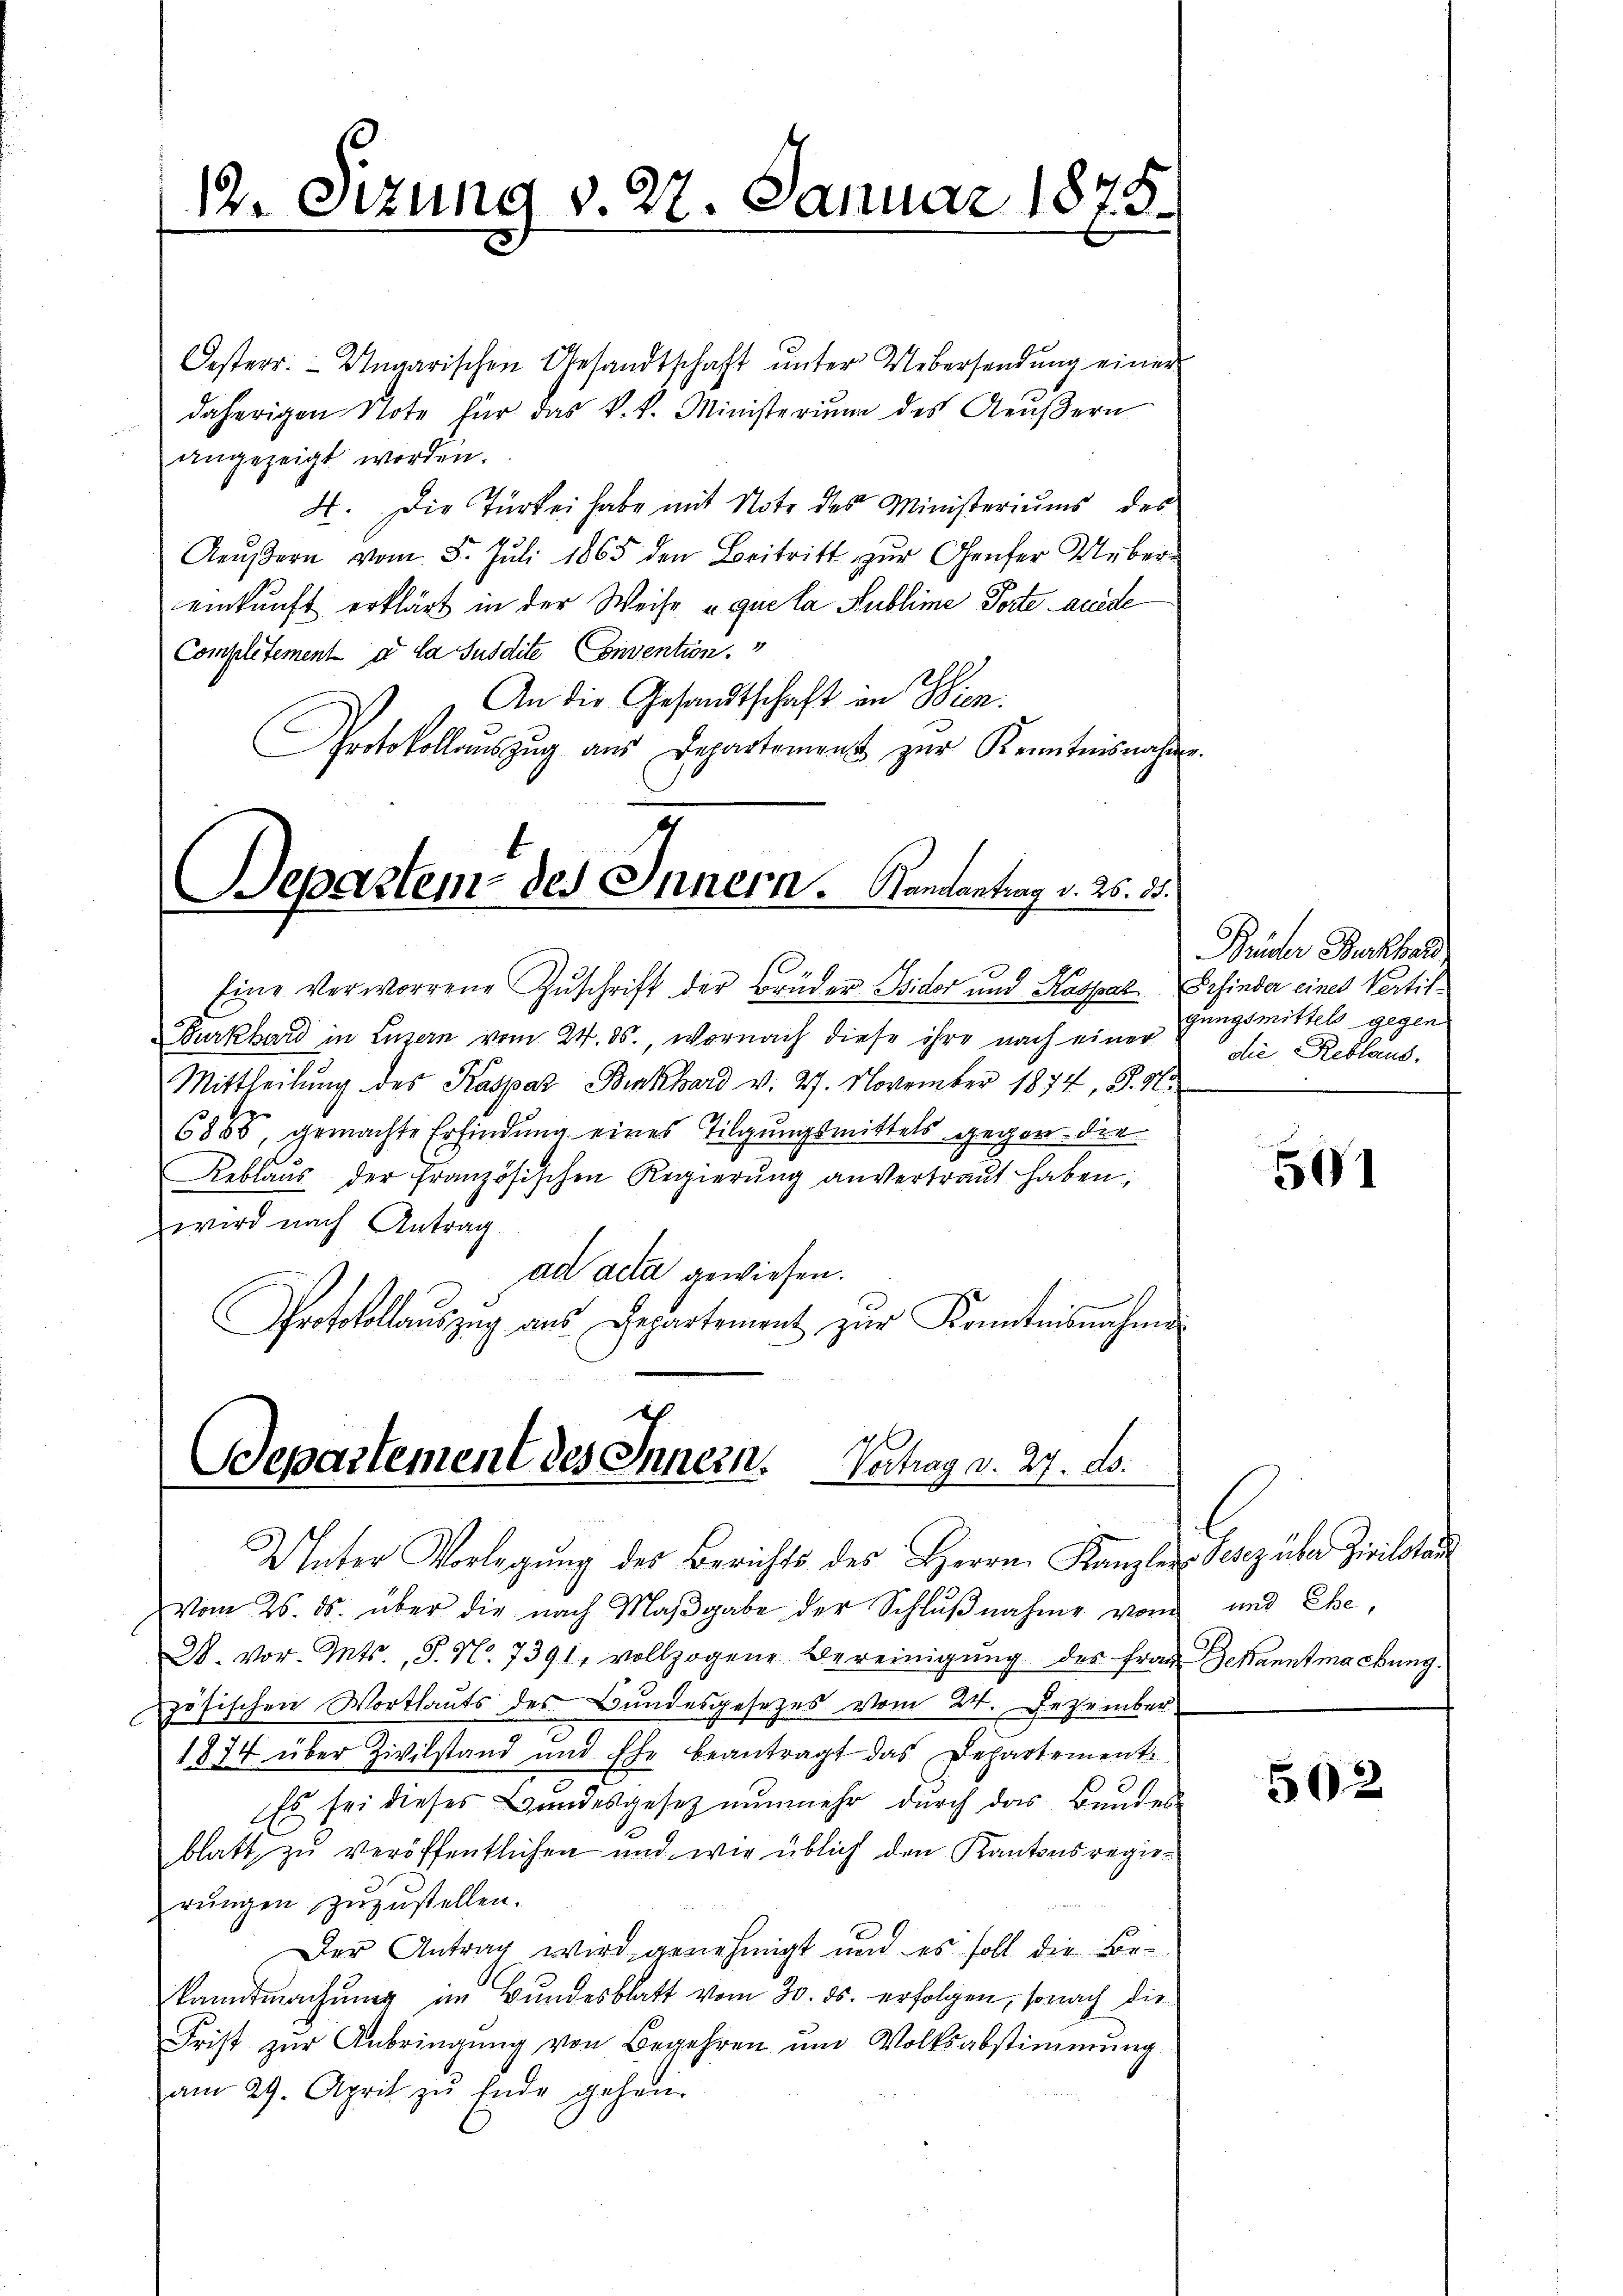
Oesterr. Ungarischen Gesandtschaft unter Uebersendung einer
daherigen Note für das k. k. Ministerium des Aeŭβern
angezeigt worden.
4. Die Türkei habe mit Note des Ministeriums des
Aeŭβern vom 5. Jŭli 1865 den Beitritt zŭr Genfer Ueber-
einkunft erklärt in der Weise u que la Rublime Torte ande
Complitement a la susdite Convention.
An die Gesandtschaft in Wien.
Protokollaŭszŭg aŭs Departement zŭr Kenntnisnahme.

12. Sitzung v. 27. Januar 1878.
e

Departem des Innern. Namantrag v. 26. 55.

Departement des Innern. Vertrag d. 27. ds.
Unter Vorlegung des Berichts des Herrn Kanzler Seszüber Zivilstan

Eine Verworrene Zuschrift der Brüder Wider und Kaspar Erfinder eines Vertil¬
Burkhard in Luzern vom 24. ds., wornach diese ihre nach einer
Mittheilung des Kaspar Burkhard v. 27. November 1874, S. Nr.
6868, gemachte Erfindung eines Tilgungsmittels gegen die
Reblaus der französischen Regierŭng anvertraut haben,
wird nach Antrag.
ad acta gewiesen.
Protokollauszug aus Departement zur Kenntnisnahme

vom 26. ds. über die nach Maβgabe der Schlußnahme von und Ehe,
D. vor. Mts., S. Nr. 7391, vollzogene Bereinigŭng des Frau Gekanntmachung.
zösischen Wortlauts des Bundesgesezes vom 24. Dezember
1874 über Zivilstand und Ehe beantragt das Departement.
Es sei dieses Bŭndesgesetz nŭnmehr dŭrch das Bundes-
blatt zu veröffentlichen und wie üblich den Kantonsregierungen zuzustellen.
Der Antrag wird genehmigt und es soll die Bekanntmachung im Bundesblatt vom 30. ds. erfolgen, sonach die
Frist zur Anbringung von Begehren um Volksabstimmung
am 29. April zu Ende gehen.

Brüder Burkhard,
gungsmittels gegen
die Reblaus.

501

502